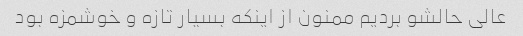
عالی حالشو بردیم ممنون از اینکه بسیار تازه و خوشمزه بود